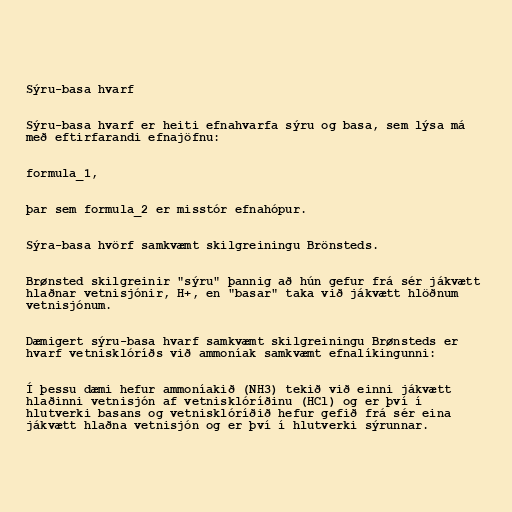
Sýru-basa hvarf

Sýru-basa hvarf er heiti efnahvarfa sýru og basa, sem lýsa má
með eftirfarandi efnajöfnu:

formula_1,

þar sem formula_2 er misstór efnahópur.

Sýra-basa hvörf samkvæmt skilgreiningu Brönsteds.

Brønsted skilgreinir "sýru" þannig að hún gefur frá sér jákvætt
hlaðnar vetnisjónir, H+, en "basar" taka við jákvætt hlöðnum
vetnisjónum.

Dæmigert sýru-basa hvarf samkvæmt skilgreiningu Brønsteds er
hvarf vetnisklóríðs við ammoníak samkvæmt efnalíkingunni:

Í þessu dæmi hefur ammoníakið (NH3) tekið við einni jákvætt
hlaðinni vetnisjón af vetnisklóríðinu (HCl) og er því í
hlutverki basans og vetnisklóríðið hefur gefið frá sér eina
jákvætt hlaðna vetnisjón og er því í hlutverki sýrunnar.